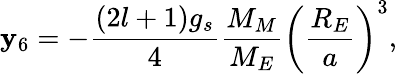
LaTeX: \mathbf{y}_{6}=-\frac{{(2l+1)g_{s}}}{{4}}\frac{{M_{M}}}{{M_{E}}}\left(\frac{{R_{E}}}{{a}}\right)^{3},